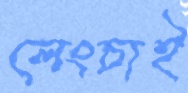
লেংচাই